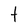
Character: t